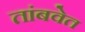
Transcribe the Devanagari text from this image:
तांबवेत